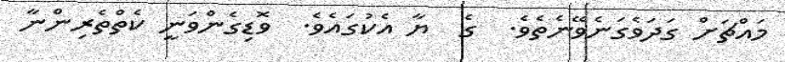
މައްޗަށް ގަދަވެގަނެވޭނެތެވެ.  ގެ  ޔާ އެކުގައެވެ.  ވޮޑިގެންވަނީ ކެތްތެރިންނާ